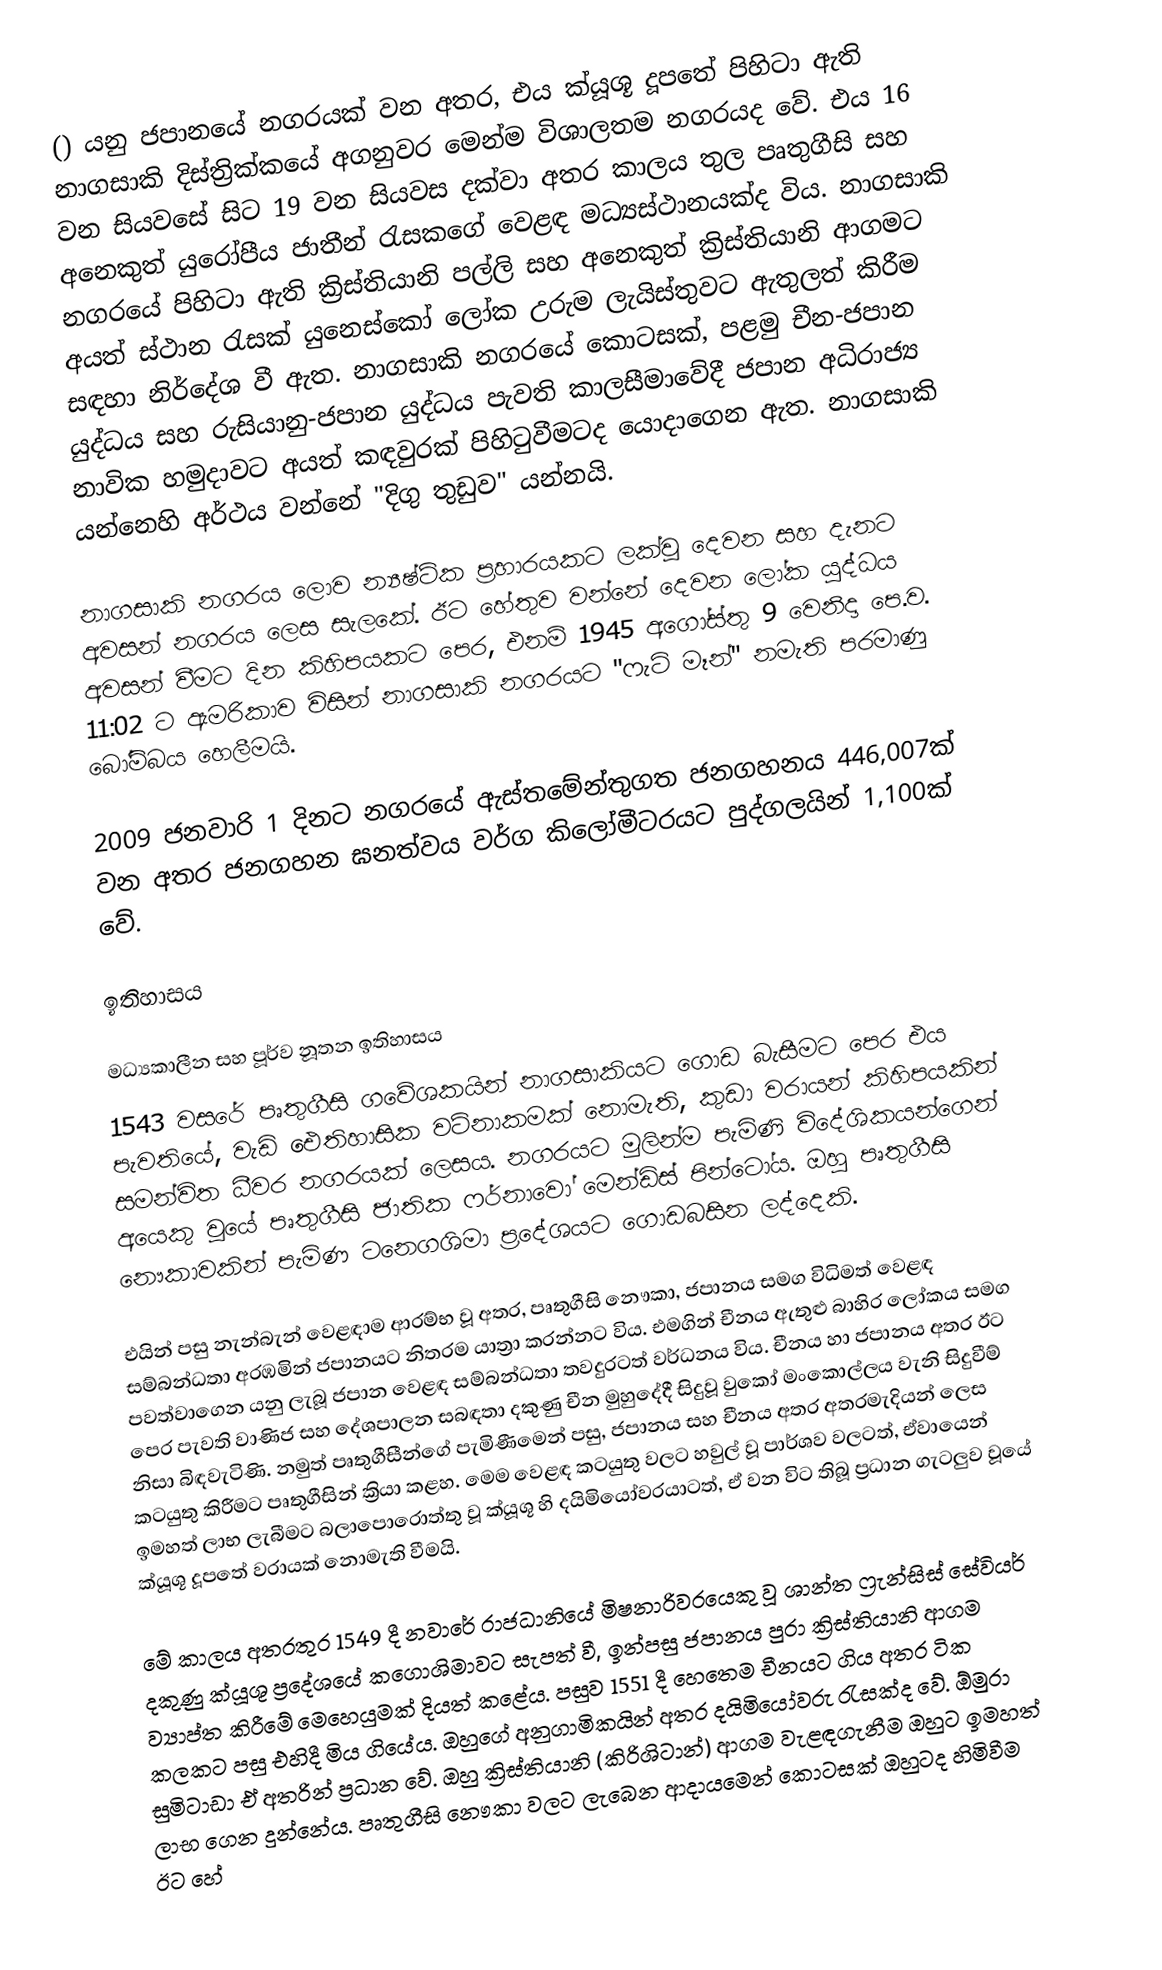
() යනු ජපානයේ නගරයක් වන අතර, එය ක්යූශූ දූපතේ පිහිටා ඇති නාගසාකි දිස්ත්‍රික්කයේ අගනුවර මෙන්ම විශාලතම නගරයද වේ. එය 16 වන සියවසේ සිට 19 වන සියවස දක්වා අතර කාලය තුල පෘතුගීසි සහ අනෙකුත් යුරෝපීය ජාතීන් රැසකගේ වෙළඳ මධ්‍යස්ථානයක්ද විය. නාගසාකි නගරයේ පිහිටා ඇති ක්‍රිස්තියානි පල්ලි සහ අනෙකුත් ක්‍රිස්තියානි ආගමට අයත් ස්ථාන රැසක් යුනෙස්කෝ ලෝක උරුම ලැයිස්තුවට ඇතුලත් කිරීම සඳහා නිර්දේශ වී ඇත. නාගසාකි නගරයේ කොටසක්, පළමු චීන-ජපාන යුද්ධය සහ රුසියානු-ජපාන යුද්ධය පැවති කාලසීමාවේදී ජපාන අධිරාජ්‍ය නාවික හමුදාවට අයත් කඳවුරක් පිහිටුවීමටද යොදාගෙන ඇත. නාගසාකි යන්නෙහි අර්ථය වන්නේ "දිගු තුඩුව" යන්නයි.

නාගසාකි නගරය ලොව න්‍යෂ්ටික ප්‍රහාරයකට ලක්වූ දෙවන සහ දැනට අවසන් නගරය ලෙස සැලකේ. ඊට හේතුව වන්නේ දෙවන ලෝක යුද්ධය අවසන් වීමට දින කිහිපයකට පෙර, එනම් 1945 අගෝස්තු 9 වෙනිදා පෙ.ව. 11:02 ට ඇමරිකාව විසින් නාගසාකි නගරයට "ෆැට් මෑන්" නමැති පරමාණු බෝම්බය හෙලීමයි.

2009 ජනවාරි 1 දිනට නගරයේ ඇස්තමේන්තුගත ජනගහනය 446,007ක් වන අතර ජනගහන ඝනත්වය වර්ග කිලෝමීටරයට පුද්ගලයින් 1,100ක් වේ.

ඉතිහාසය

මධ්‍යකාලීන සහ පූර්ව නූතන ඉතිහාසය
1543 වසරේ පෘතුගීසි ගවේශකයින් නාගසාකියට ගොඩ බැසීමට පෙර එය පැවතියේ, වැඩි ඓතිහාසික වටිනාකමක් නොමැති, කුඩා වරායන් කිහිපයකින් සමන්විත ධීවර නගරයක් ලෙසය. නගරයට මුලින්ම පැමිණි විදේශිකයන්ගෙන් අයෙකු වූයේ පෘතුගීසි ජාතික ෆර්නාවෝ මෙන්ඩිස් පින්ටෝය. ඔහු පෘතුගීසි නෞකාවකින් පැමිණ ටනෙගශිමා ප්‍රදේශයට ගොඩබසින ලද්දෙකි.

එයින් පසු නැන්බැන් වෙළඳාම ආරම්භ වූ අතර, පෘතුගීසි නෞකා, ජපානය සමග විධිමත් වෙළඳ සම්බන්ධතා අරඹමින් ජපානයට නිතරම යාත්‍රා කරන්නට විය. එමගින් චීනය ඇතුළු   බාහිර ලෝකය සමග පවත්වාගෙන යනු ලැබූ ජපාන වෙළඳ සම්බන්ධතා තවදුරටත් වර්ධනය විය. චීනය හා ජපානය අතර ඊට පෙර පැවති වාණිජ සහ දේශපාලන සබඳතා දකුණු චීන මුහුදේදී සිදුවූ වුකෝ මංකොල්ලය වැනි සිදුවීම් නිසා බිඳවැටිණි. නමුත් පෘතුගීසීන්ගේ පැමිණීමෙන් පසු, ජපානය සහ චීනය අතර අතරමැදියන් ලෙස කටයුතු කිරීමට පෘතුගීසින් ක්‍රියා කළහ. මෙම වෙළඳ කටයුතු වලට හවුල් වූ පාර්ශව වලටත්, ඒවායෙන් ඉමහත් ලාභ ලැබීමට බලාපොරොත්තු වූ ක්යූශූ හි දයිමියෝවරයාටත්, ඒ වන විට තිබූ ප්‍රධාන ගැටලුව වූයේ ක්යූශූ දූපතේ වරායක් නොමැති වීමයි.

මේ කාලය අතරතුර 1549 දී නවාරේ රාජධානියේ මිෂනාරිවරයෙකු වූ ශාන්ත ෆ්‍රැන්සිස් සේවියර් දකුණු ක්යූශූ ප්‍රදේශයේ කගොශිමාවට සැපත් වී, ඉන්පසු ජපානය පුරා ක්‍රිස්තියානි ආගම ව්‍යාප්ත කිරීමේ මෙහෙයුමක් දියත් කළේය. පසුව 1551 දී හෙතෙම චීනයට ගිය අතර ටික කලකට පසු එහිදී මිය ගියේය. ඔහුගේ අනුගාමිකයින් අතර දයිමියෝවරු රැසක්ද වේ. ඕමුරා සුමිටාඩා ඒ අතරින් ප්‍රධාන වේ. ඔහු ක්‍රිස්තියානි (කිරිශිටාන්) ආගම වැළඳගැනීම ඔහුට ඉමහත් ලාභ ගෙන දුන්නේය. පෘතුගීසි නෞකා වලට ලැබෙන ආදායමෙන් කොටසක් ඔහුටද හිමිවීම ඊට හේ